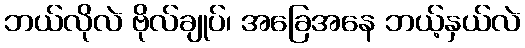
ဘယ်လိုလဲ ဗိုလ်ချုပ်၊ အခြေအနေ ဘယ့်နှယ်လဲ